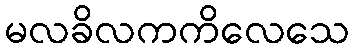
မလခိလကကိလေသေ